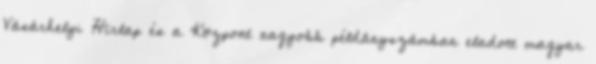
Vásárhelyi Hírlap és a Központ nagyobb példányszámban eladott magyar